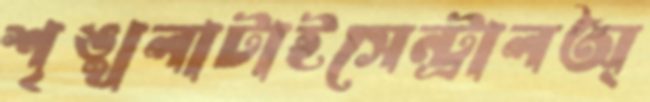
শৃঙ্খলাটাইসেন্ট্রালঅ্